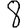
Digit: 8